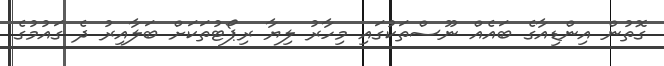
ގޮތުން އިންޑިއާގެ ބައެއް ނޫސްތަކުގައި މިހާރު ލިޔާ ރިޕޯޓުތަކަށް ބަލާއިރު ދެ ގައުމުގެ